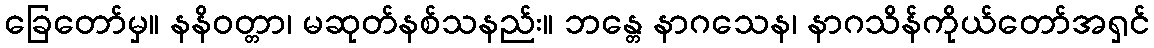
ခြေတော်မှ။ နနိဝတ္တာ၊ မဆုတ်နစ်သနည်း။ ဘန္တေ နာဂသေန၊ နာဂသိန်ကိုယ်တော်အရှင်